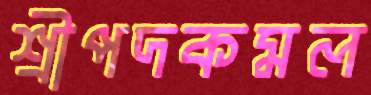
শ্রীপদকমল